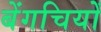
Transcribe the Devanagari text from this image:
बेंगचियों